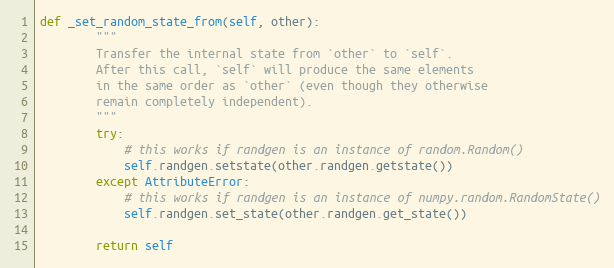
Language: Python
def _set_random_state_from(self, other):
        """
        Transfer the internal state from `other` to `self`.
        After this call, `self` will produce the same elements
        in the same order as `other` (even though they otherwise
        remain completely independent).
        """
        try:
            # this works if randgen is an instance of random.Random()
            self.randgen.setstate(other.randgen.getstate())
        except AttributeError:
            # this works if randgen is an instance of numpy.random.RandomState()
            self.randgen.set_state(other.randgen.get_state())

        return self